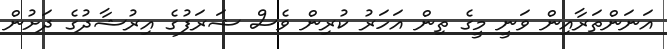
އަނަންތަރާއިން ވަނީ މީގެ ތިން އަހަރު ކުރިން ވެސް ޝަރަފުގެ އިރުޝާދުގެ ދަށުން